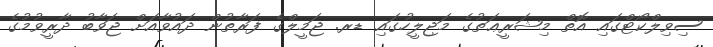
ސިވިލްކޯޓްގައި އޮތް މިޝަރީޢަތުގެ މަޖިލީހުގައި ޑރ. ޖަމީލްގެ ފަރާތުން ދައުވާއަށް ޖަވާބު ދާރީވުމުގެ